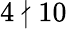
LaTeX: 4\nmid 10